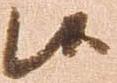
候